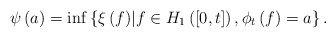
\begin{align*}\psi \left( a \right) = \inf \left\lbrace \xi \left( f \right) \middle\vert f \in H_{1} \left( \left[ 0,t \right] \right), \phi_{t} \left( f \right) = a \right\rbrace.\end{align*}